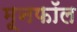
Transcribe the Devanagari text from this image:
मूनफॉल